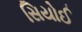
સિયોઈ